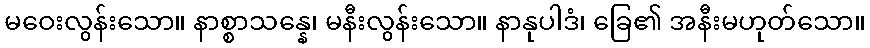
မဝေးလွန်းသော။ နာစ္စာသန္နေ၊ မနီးလွန်းသော။ နာနုပါဒံ၊ ခြေ၏ အနီးမဟုတ်သော။